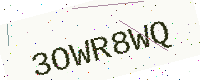
Text: 3OWR8WQ